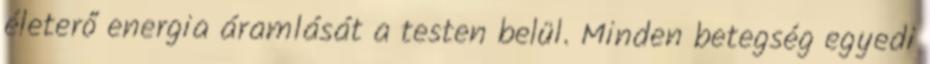
életerő energia áramlását a testen belül. Minden betegség egyedi